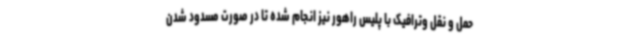
حمل و نقل وترافیک با پلیس راهور نیز انجام شده تا در صورت مسدود شدن